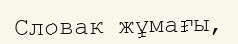
Словак жұмағы,